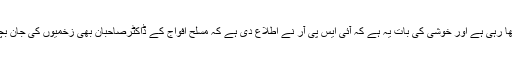
موت اس وقت پوری توانائی کے ساتھ اپنے تمام رنگ دکھا رہی ہے اور خوشی کی بات یہ ہے کہ آئی ایس پی آر نے اطلاع دی ہے کہ مسلح افواج کے ڈاکٹرصاحبان بھی زخمیوں کی جان بچانے کے لئے ہنگامی طورپر ہسپتالوں میں پہنچ گئے ہیں۔